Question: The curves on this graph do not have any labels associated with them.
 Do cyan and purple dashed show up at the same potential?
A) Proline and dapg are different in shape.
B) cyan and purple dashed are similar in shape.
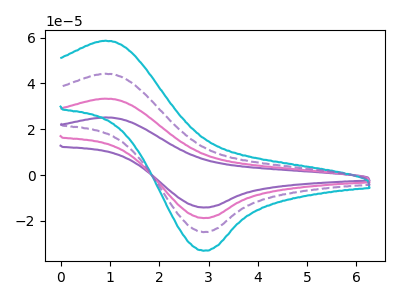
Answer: <think>The purple curve "purple" has an anodic peak at (0.90V, 132.60uA) and a cathodic peak at (2.90V, -74.70uA). The pink curve "pink" has an anodic peak at (0.90V, 88.40uA) and a cathodic peak at (2.90V, -49.80uA). The cyan curve "cyan" has an anodic peak at (0.90V, 58.60uA) and a cathodic peak at (2.90V, -33.00uA). The purple dashed curve "purple dashed" has an anodic peak at (0.90V, 44.20uA) and a cathodic peak at (2.90V, -24.90uA).
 All the peaks in "cyan" have a peak in "purple dashed" at the same potential. Every peak in "cyan" is higher than every peak in "purple dashed".</think>
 <answer>B) "cyan" and "purple dashed" are similar in shape.</answer>
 <eval>B</eval>